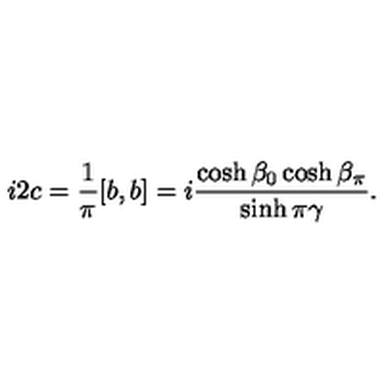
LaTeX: i 2 c = \frac { 1 } { \pi } [ b , b ] = i \frac { \cosh \beta _ { 0 } \cosh \beta _ { \pi } } { \sinh \pi \gamma } .